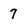
Character: 7